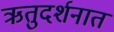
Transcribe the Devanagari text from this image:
ऋतुदर्शनात